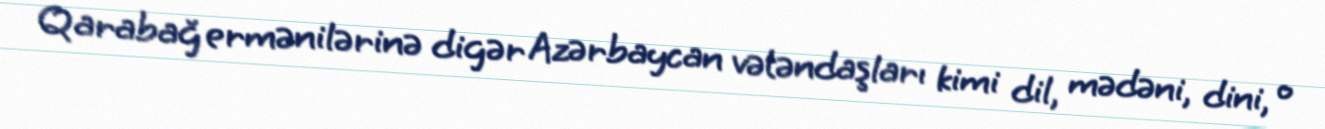
Qarabağ ermənilərinə digər Azərbaycan vətəndaşları kimi dil, mədəni, dini, o